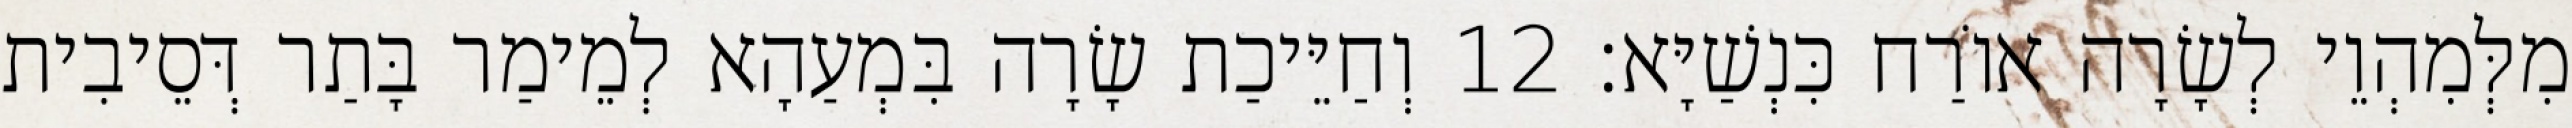
מִלְּמִהְוֵי לְשָׂרָה אוֹרַח כִּנְשַׁיָּא׃ 12 וְחַיֵּיכַת שָׂרָה בִּמְעַהָא לְמֵימַר בָּתַר דְּסֵיבִית